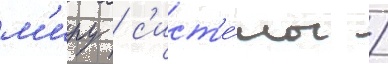
м'иру / с'ист'е́мы /